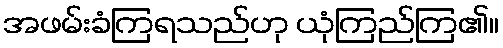
အဖမ်းခံကြရသည်ဟု ယုံကြည်ကြ၏။